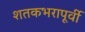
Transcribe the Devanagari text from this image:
शतकभरापूर्वी